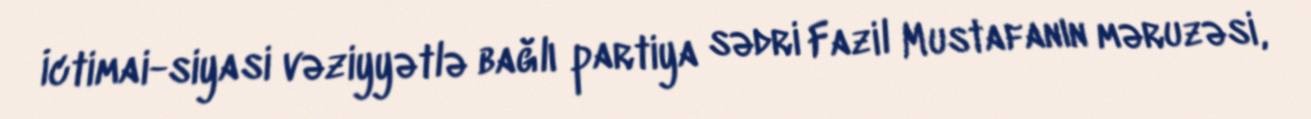
İctimai-siyasi vəziyyətlə bağlı partiya sədri Fazil Mustafanın məruzəsi,